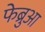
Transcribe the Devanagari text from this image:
फेब्रुआ